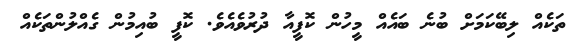
ތަކެއް ލިބޭކަމަށް ބުނެ ބައެއް މީހުން ކޮފީއާ ދުރުވެއެވެ. ކޮފީ ބުއިމުން ގެއްލުންތަކެއް